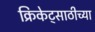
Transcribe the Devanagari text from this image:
क्रिकेट्साठीच्या